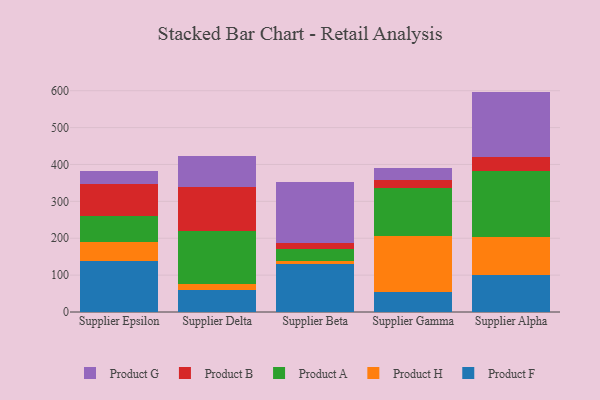
{"axis": {"x": "Supplier", "y": "Revenue (USD Million)"}, "legend": ["Product A", "Product B", "Product F", "Product G", "Product H"], "data": [{"x": "Supplier Epsilon", "y": 137.5, "type": "Product F"}, {"x": "Supplier Epsilon", "y": 52.6, "type": "Product H"}, {"x": "Supplier Epsilon", "y": 70.9, "type": "Product A"}, {"x": "Supplier Epsilon", "y": 86.4, "type": "Product B"}, {"x": "Supplier Epsilon", "y": 35.5, "type": "Product G"}, {"x": "Supplier Delta", "y": 60.7, "type": "Product F"}, {"x": "Supplier Delta", "y": 14.0, "type": "Product H"}, {"x": "Supplier Delta", "y": 145.9, "type": "Product A"}, {"x": "Supplier Delta", "y": 119.3, "type": "Product B"}, {"x": "Supplier Delta", "y": 83.7, "type": "Product G"}, {"x": "Supplier Beta", "y": 129.9, "type": "Product F"}, {"x": "Supplier Beta", "y": 9.4, "type": "Product H"}, {"x": "Supplier Beta", "y": 31.0, "type": "Product A"}, {"x": "Supplier Beta", "y": 16.9, "type": "Product B"}, {"x": "Supplier Beta", "y": 164.7, "type": "Product G"}, {"x": "Supplier Gamma", "y": 54.9, "type": "Product F"}, {"x": "Supplier Gamma", "y": 150.6, "type": "Product H"}, {"x": "Supplier Gamma", "y": 131.7, "type": "Product A"}, {"x": "Supplier Gamma", "y": 21.7, "type": "Product B"}, {"x": "Supplier Gamma", "y": 31.7, "type": "Product G"}, {"x": "Supplier Alpha", "y": 100.3, "type": "Product F"}, {"x": "Supplier Alpha", "y": 102.4, "type": "Product H"}, {"x": "Supplier Alpha", "y": 179.2, "type": "Product A"}, {"x": "Supplier Alpha", "y": 37.9, "type": "Product B"}, {"x": "Supplier Alpha", "y": 177.8, "type": "Product G"}]}